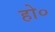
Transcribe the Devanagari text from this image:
हो०